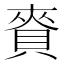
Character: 𧶘